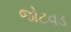
જોટવડ